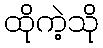
ထိုကဲ့သို